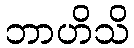
ဘာဟိသိ